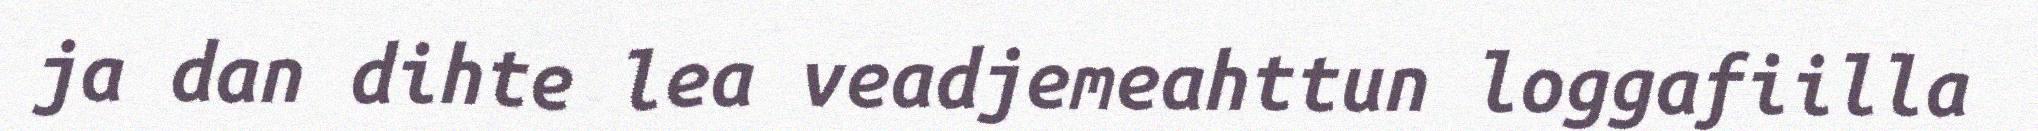
ja dan dihte lea veadjemeahttun loggafiilla